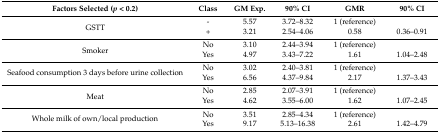
<table><thead><tr><td><b>Factors Selected (<i>p</i> &lt; 0.2)</b></td><td><b>Class</b></td><td><b>GM Exp.</b></td><td><b>90% CI</b></td><td><b>GMR</b></td><td><b>90% CI</b></td></tr></thead><tbody><tr><td rowspan="2">GSTT</td><td>-</td><td>5.57</td><td>3.72–8.32</td><td>1 (reference)</td><td>[EMPTY_CELL]</td></tr><tr><td>+</td><td>3.21</td><td>2.54–4.06</td><td>0.58</td><td>0.36–0.91</td></tr><tr><td rowspan="2">Smoker</td><td>No</td><td>3.10</td><td>2.44–3.94</td><td>1 (reference)</td><td>[EMPTY_CELL]</td></tr><tr><td>Yes</td><td>4.97</td><td>3.43–7.22</td><td>1.61</td><td>1.04–2.48</td></tr><tr><td rowspan="2">Seafood consumption 3 days beforeurine collection</td><td>No</td><td>3.02</td><td>2.40–3.81</td><td>1 (reference)</td><td>[EMPTY_CELL]</td></tr><tr><td>Yes</td><td>6.56</td><td>4.37–9.84</td><td>2.17</td><td>1.37–3.43</td></tr><tr><td rowspan="2">Meat</td><td>No</td><td>2.85</td><td>2.07–3.91</td><td>1 (reference)</td><td>[EMPTY_CELL]</td></tr><tr><td>Yes</td><td>4.62</td><td>3.55–6.00</td><td>1.62</td><td>1.07–2.45</td></tr><tr><td rowspan="2">Whole milk of own/local production</td><td>No</td><td>3.51</td><td>2.85–4.34</td><td>1 (reference)</td><td>[EMPTY_CELL]</td></tr><tr><td>Yes</td><td>9.17</td><td>5.13–16.38</td><td>2.61</td><td>1.42–4.79</td></tr></tbody></table>